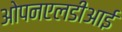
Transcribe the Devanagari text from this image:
ओपनएलडीआई